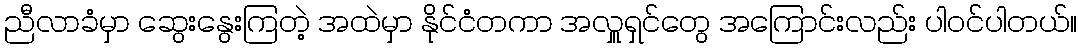
ညီလာခံမှာ ဆွေးနွေးကြတဲ့ အထဲမှာ နိုင်ငံတကာ အလှူရှင်တွေ အကြောင်းလည်း ပါဝင်ပါတယ်။